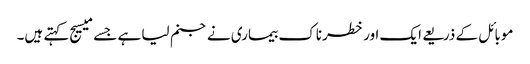
موبائل کے ذریعے ایک اور خطرناک بیماری نے جنم لیا ہے جسے میسیج کہتے ہیں۔